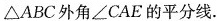
\triangle ABC外角\angle CAE的平分线.